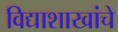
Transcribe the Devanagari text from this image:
विद्याशाखांचे